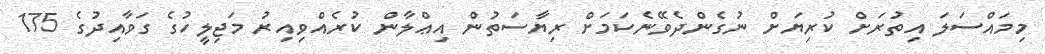
މިމައްސަލަ އިތުރަށް ކުރިޔަށް ނުގެންދެވޭނެކަމަށް ރިޔާސަތުން އިޢްލާން ކުރެއްވިއިރު މަޖިލީހުގެ ގަވާއިދުގެ 175